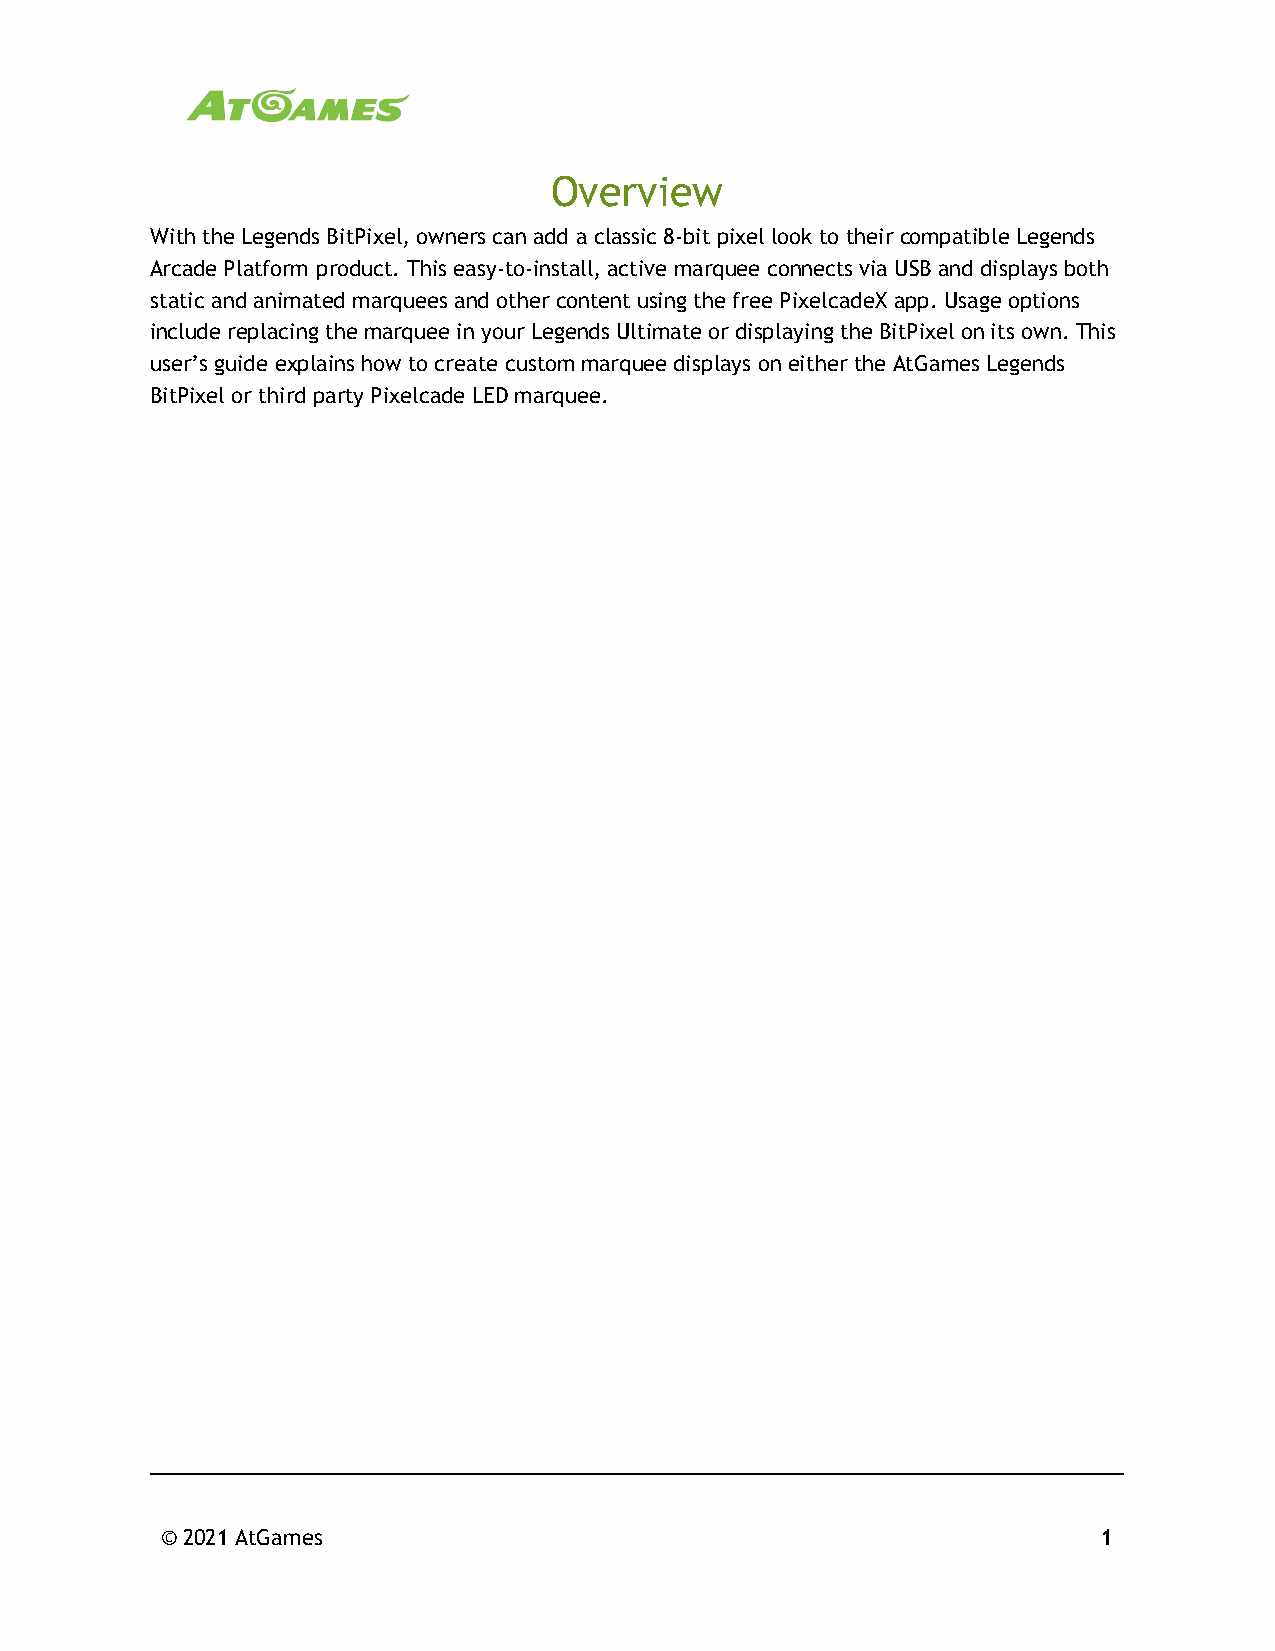
Overview
 With the Legends BitPixel, owners can add a classic 8-bit pixel look to their compatible Legends
 Arcade Platform product. This easy-to-install, active marquee connects via USB and displays both
 static and animated marquees and other content using the free PixelcadeX app. Usage options
 include replacing the marquee in your Legends Ultimate or displaying the BitPixel on its own. This
 user’s guide explains how to create custom marquee displays on either the AtGames Legends
 BitPixel or third party Pixelcade LED marquee.
 © 2021 AtGames                                                1